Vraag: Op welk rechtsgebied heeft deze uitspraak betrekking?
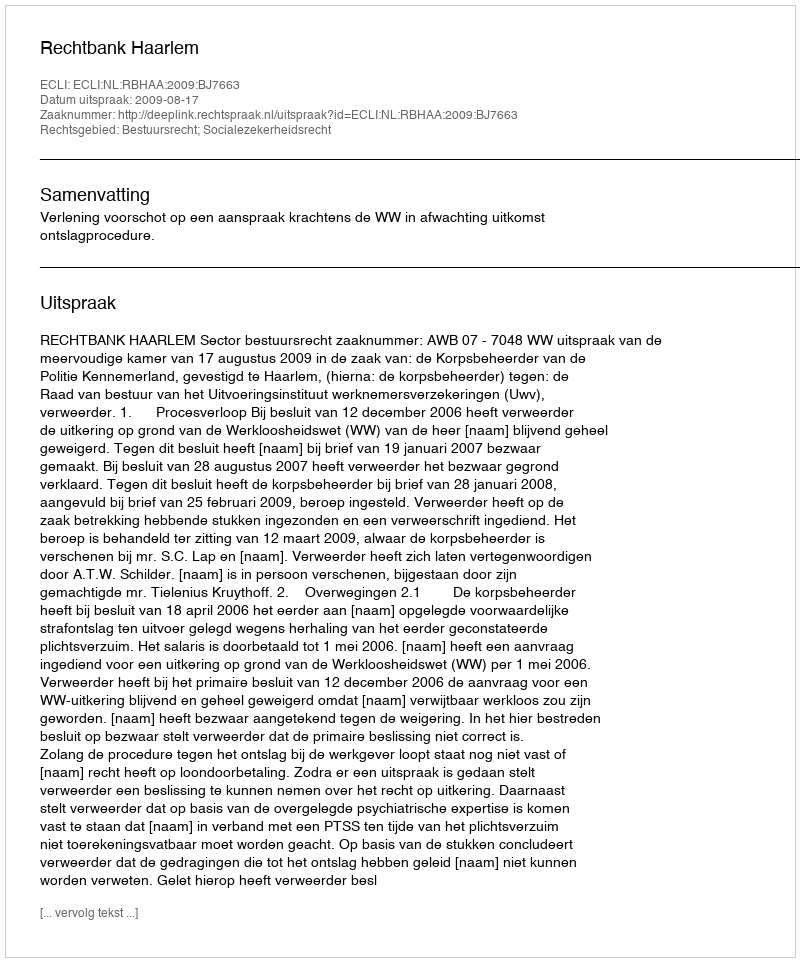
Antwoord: Bestuursrecht; Socialezekerheidsrecht